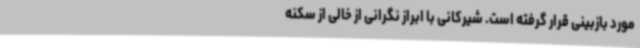
مورد بازبینی قرار گرفته است. شیرکانی با ابراز نگرانی از خالی از سکنه